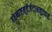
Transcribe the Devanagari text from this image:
हठेनाष्टमूर्तेर्जटाअजूटवासे